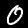
Digit: 0